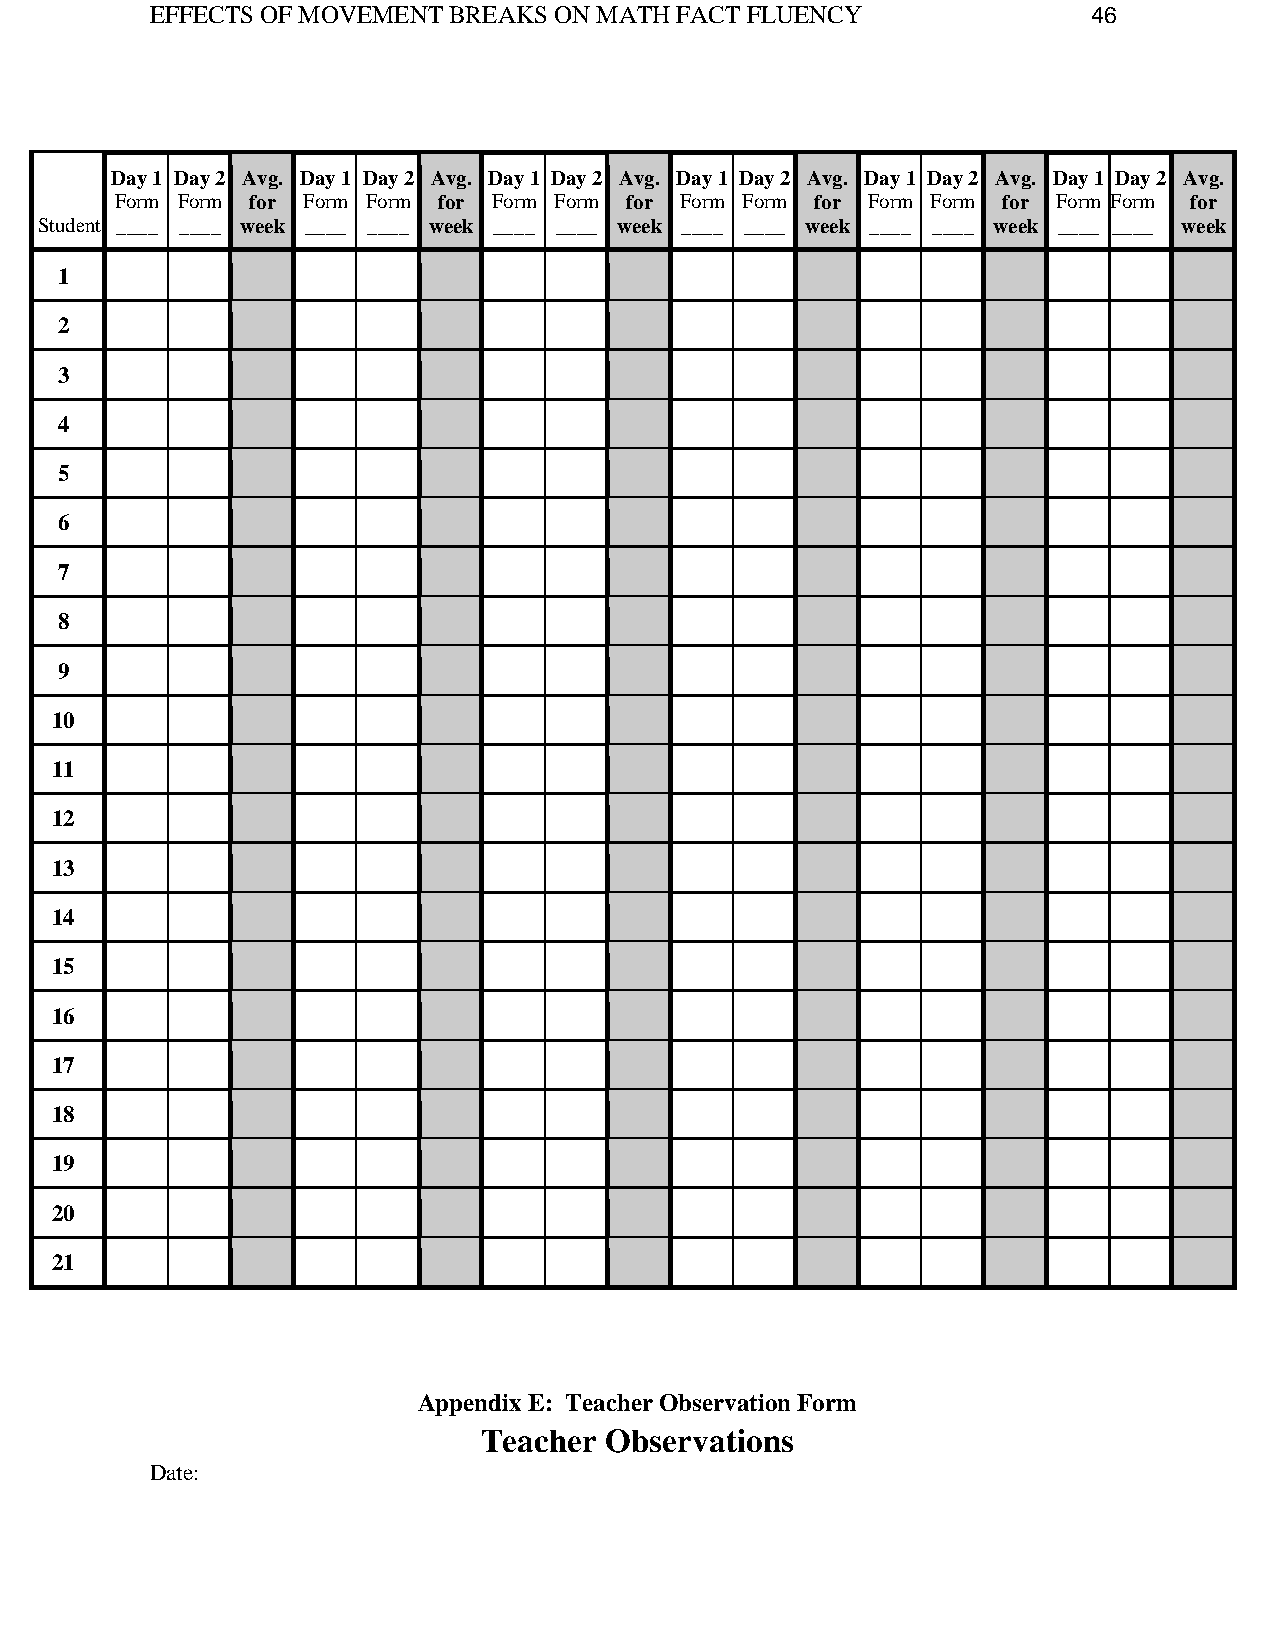
EFFECTS OF MOVEMENT BREAKS ON MATH FACT FLUENCY               46
 Day 1 Day 2 Avg. Day 1 Day 2 Avg. Day 1 Day 2 Avg. Day 1 Day 2 Avg. Day 1 Day 2 Avg. Day 1 Day 2 Avg.
 Form Form for Form Form for Form Form for Form Form for Form Form for Form Form for
 Student ____ ____ week ____ ____ week ____ ____ week ____ ____ week ____ ____ week ____ ____ week
 1
 2
 3
 4
 5
 6
 7
 8
 9
 10
 11
 12
 13
 14
 15
 16
 17
 18
 19
 20
 21
 Appendix E: Teacher Observation Form
 Teacher Observations
 Date: